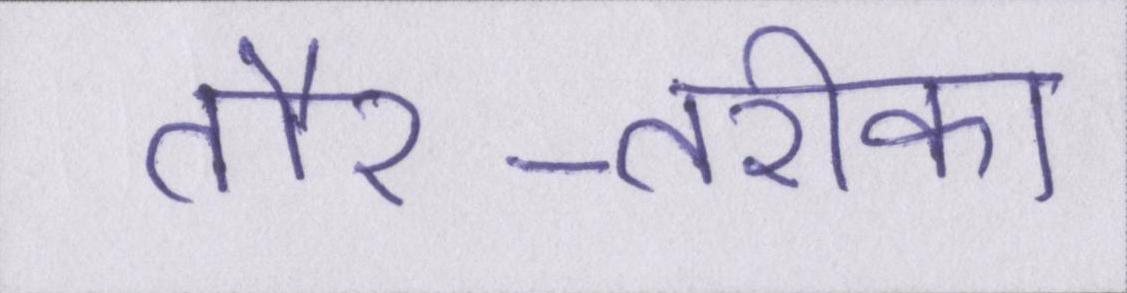
तौर-तरीका